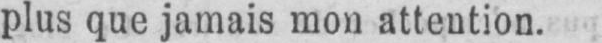
plus que jamais mon attention.